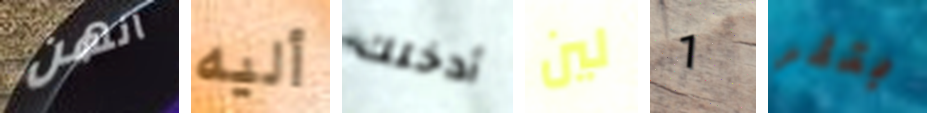
انهن أليه أدخلك لين 1 بتلر